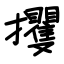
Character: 攫